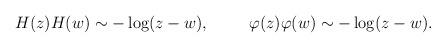
LaTeX: \begin{align*}H(z)H(w)\sim -\log(z-w), \hspace{1cm} \varphi(z)\varphi(w)\sim -\log(z-w).\end{align*}